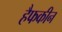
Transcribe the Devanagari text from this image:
हैफकीन